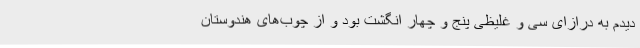
دیدم به درازای سی و غلیظی پنج و چهار انگشت بود و از چوب‌های هندوستان